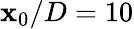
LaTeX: \mathbf{x}_{0}/D=10